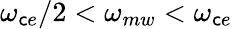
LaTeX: \omega_{\mathsf{c}e}/2<\omega_{mw}<\omega_{\mathsf{c}e}